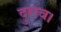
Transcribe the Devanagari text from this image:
दुराव।